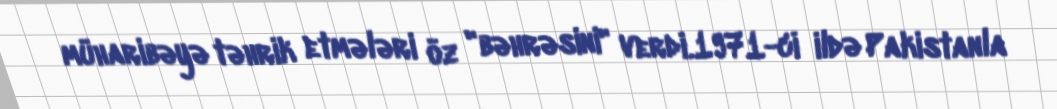
müharibəyə təhrik etmələri öz "bəhrəsini" verdi.1971-ci ildə Pakistanla